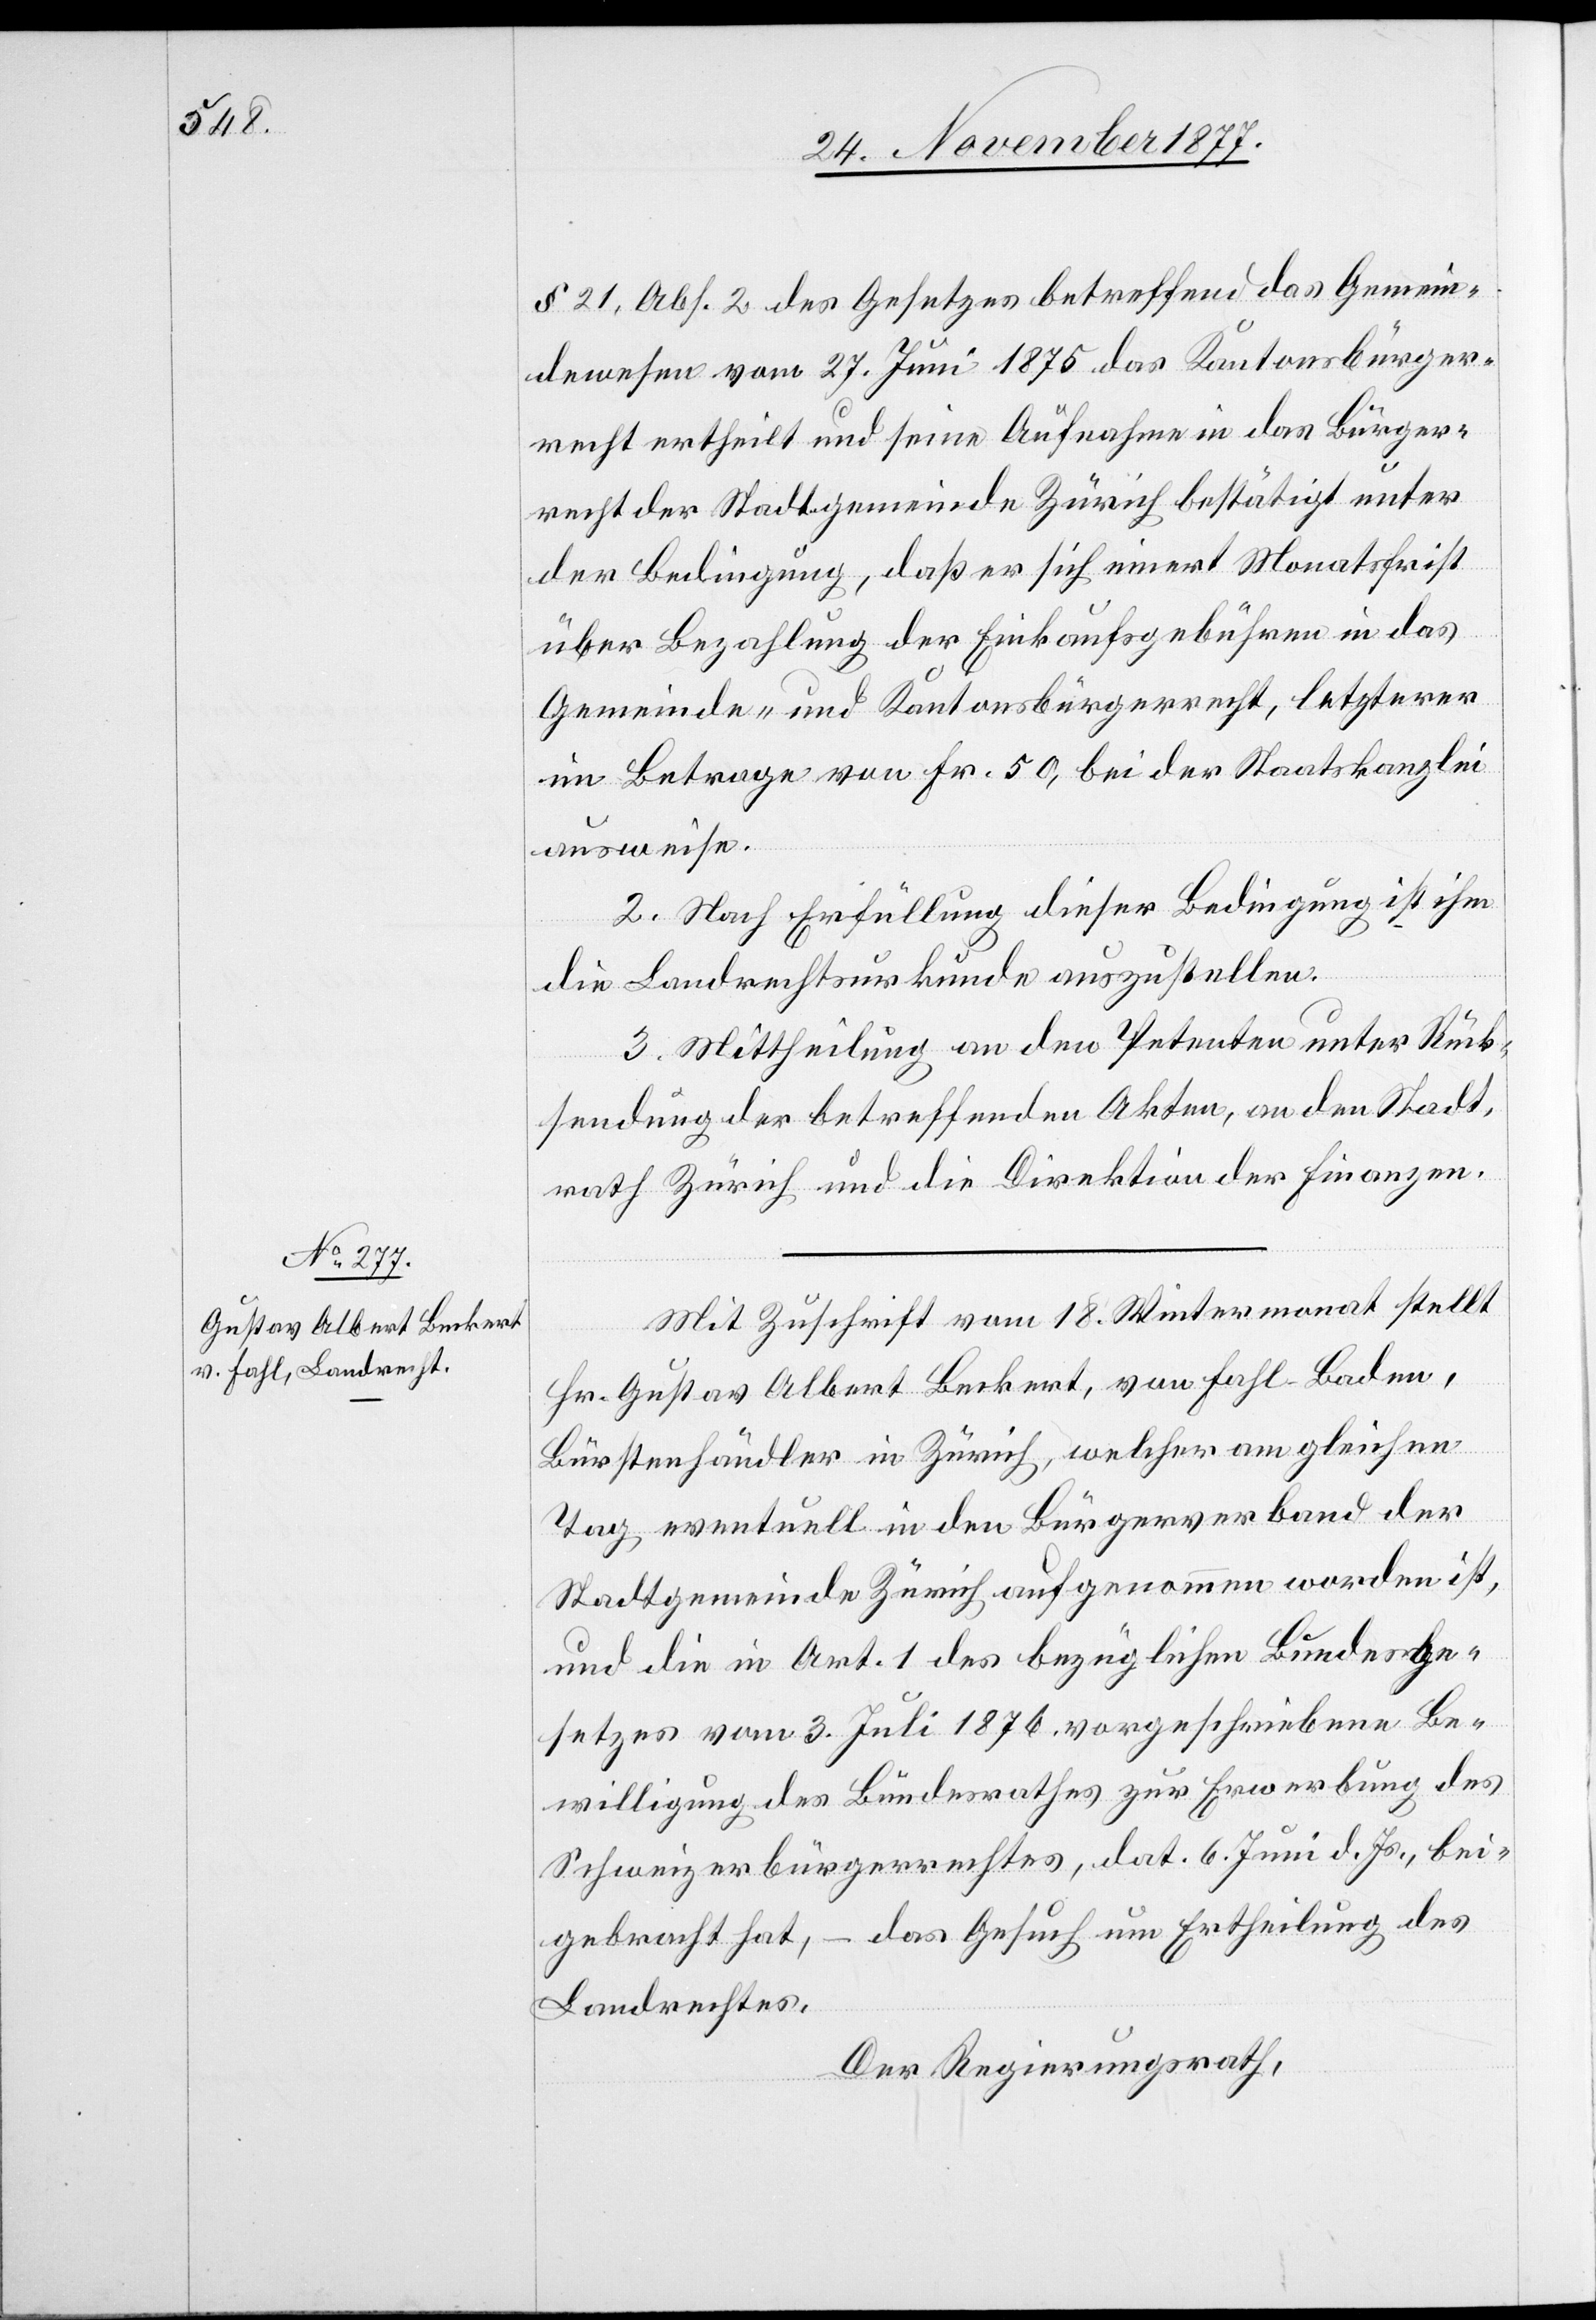
§ 21, Abs. 2 des Gesetzes betreffend das Gemein¬
dewesen vom 27. Juni 1875 das Kantonsbürger¬
recht ertheilt und seine Aufnahme in das Bürger¬
recht der Stadtgemeinde Zürich bestätigt unter
der Bedingung, daß er sich innert Monatsfrist
über Bezahlung der Einkaufsgebühren in das
Gemeinde- und Kantonsbürgerrecht, letzterer
im Betrage von Fr. 50, bei der Staatskanzlei
ausweise.
2. Nach Erfüllung dieser Bedingung ist ihm
die Landrechtsurkunde auszustellen.
3. Mittheilung an den Petenten unter Rück¬
sendung der betreffenden Akten, an den Stadt¬
rath Zürich und die Direktion der Finanzen.
Mit Zuschrift vom 18. Wintermonat stellt
Hr. Gustav Albert Beckert, von Fahl - Baden,
Bürstenhändler in Zürich, welcher am gleichen
Tag eventuell in den Bürgerverband der
Stadtgemeinde Zürich aufgenommen worden ist,
und die in Art. 1 des bezüglichen Bundesge¬
setzes vom 3. Juli 1876 vorgeschriebene Be¬
willigung des Bundesrathes zur Erwerbung des
Schweizerbürgerrechtes, dat. 6. Juni d. Js., bei¬
gebracht hat, – das Gesuch um Ertheilung des
Landrechtes.
Der Regierungsrath,